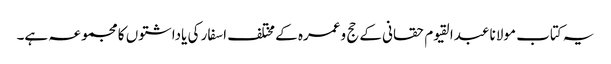
یہ کتاب مولانا عبدالقیوم حقانی کے حج وعمرہ کے مختلف اسفار کی یاداشتوں کا مجموعہ ہے۔